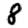
Digit: 8